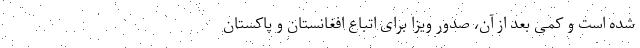
شده‌ است و کمی بعد از آن، صدور ویزا برای اتباع افغانستان و پاکستان